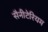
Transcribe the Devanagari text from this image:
सैनीटेरियम